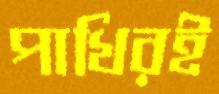
পাখিরই